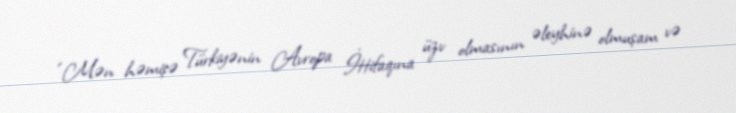
“Mən həmişə Türkiyənin Avropa İttifaqına üzv olmasının əleyhinə olmuşam və